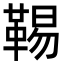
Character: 𩋌